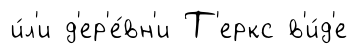
и́л'и д'ер'е́вн'и Т'еркс в'и́д'е